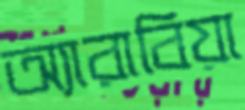
অ্যারাবিয়া